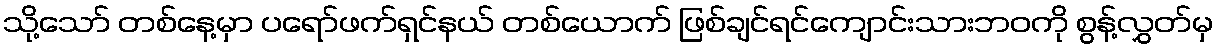
သို့သော် တစ်နေ့မှာ ပရော်ဖက်ရှင်နယ် တစ်ယောက် ဖြစ်ချင်ရင်ကျောင်းသားဘဝကို စွန့်လွှတ်မှ